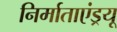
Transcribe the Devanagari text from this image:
निर्माताएंड्रयू